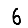
Digit: 6